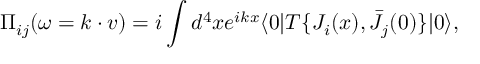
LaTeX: \Pi _ { i j } ( \omega = k \cdot v ) = i \int d ^ { 4 } x e ^ { i k x } \langle 0 | T \{ J _ { i } ( x ) , \bar { J } _ { j } ( 0 ) \} | 0 \rangle ,